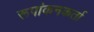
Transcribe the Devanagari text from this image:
रूपांकनकर्ता